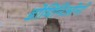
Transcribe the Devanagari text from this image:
डोमिनिओनों